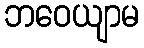
ဘဝေယျာမ